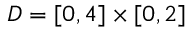
D = [ 0 , 4 ] \times [ 0 , 2 ]